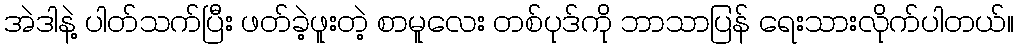
အဲဒါနဲ့ ပါတ်သက်ပြီး ဖတ်ခဲ့ဖူးတဲ့ စာမူလေး တစ်ပုဒ်ကို ဘာသာပြန် ရေးသားလိုက်ပါတယ်။